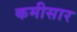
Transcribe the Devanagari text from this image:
कमीसार